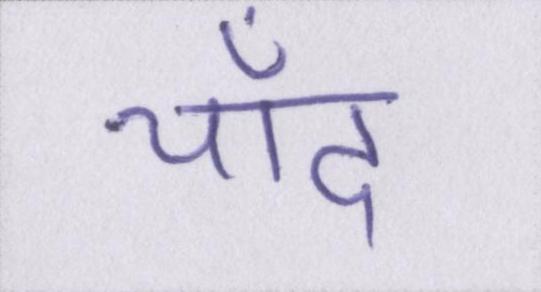
चाँद